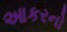
આકરનો